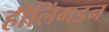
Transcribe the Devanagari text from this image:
हीलिंगडन